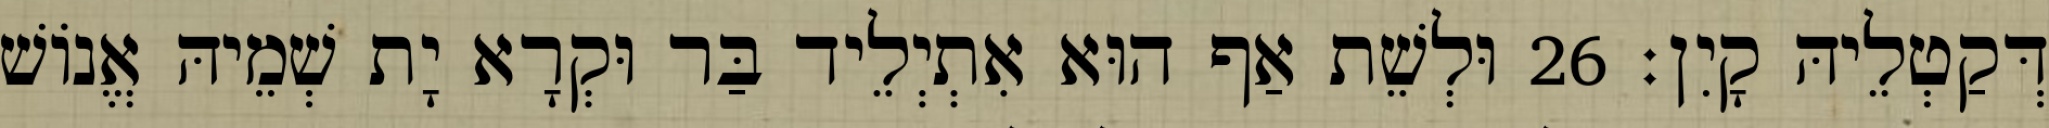
דְּקַטְלֵיהּ קָיִן׃ 26 וּלְשֵׁת אַף הוּא אִתְיְלֵיד בַּר וּקְרָא יָת שְׁמֵיהּ אֱנוֹשׁ